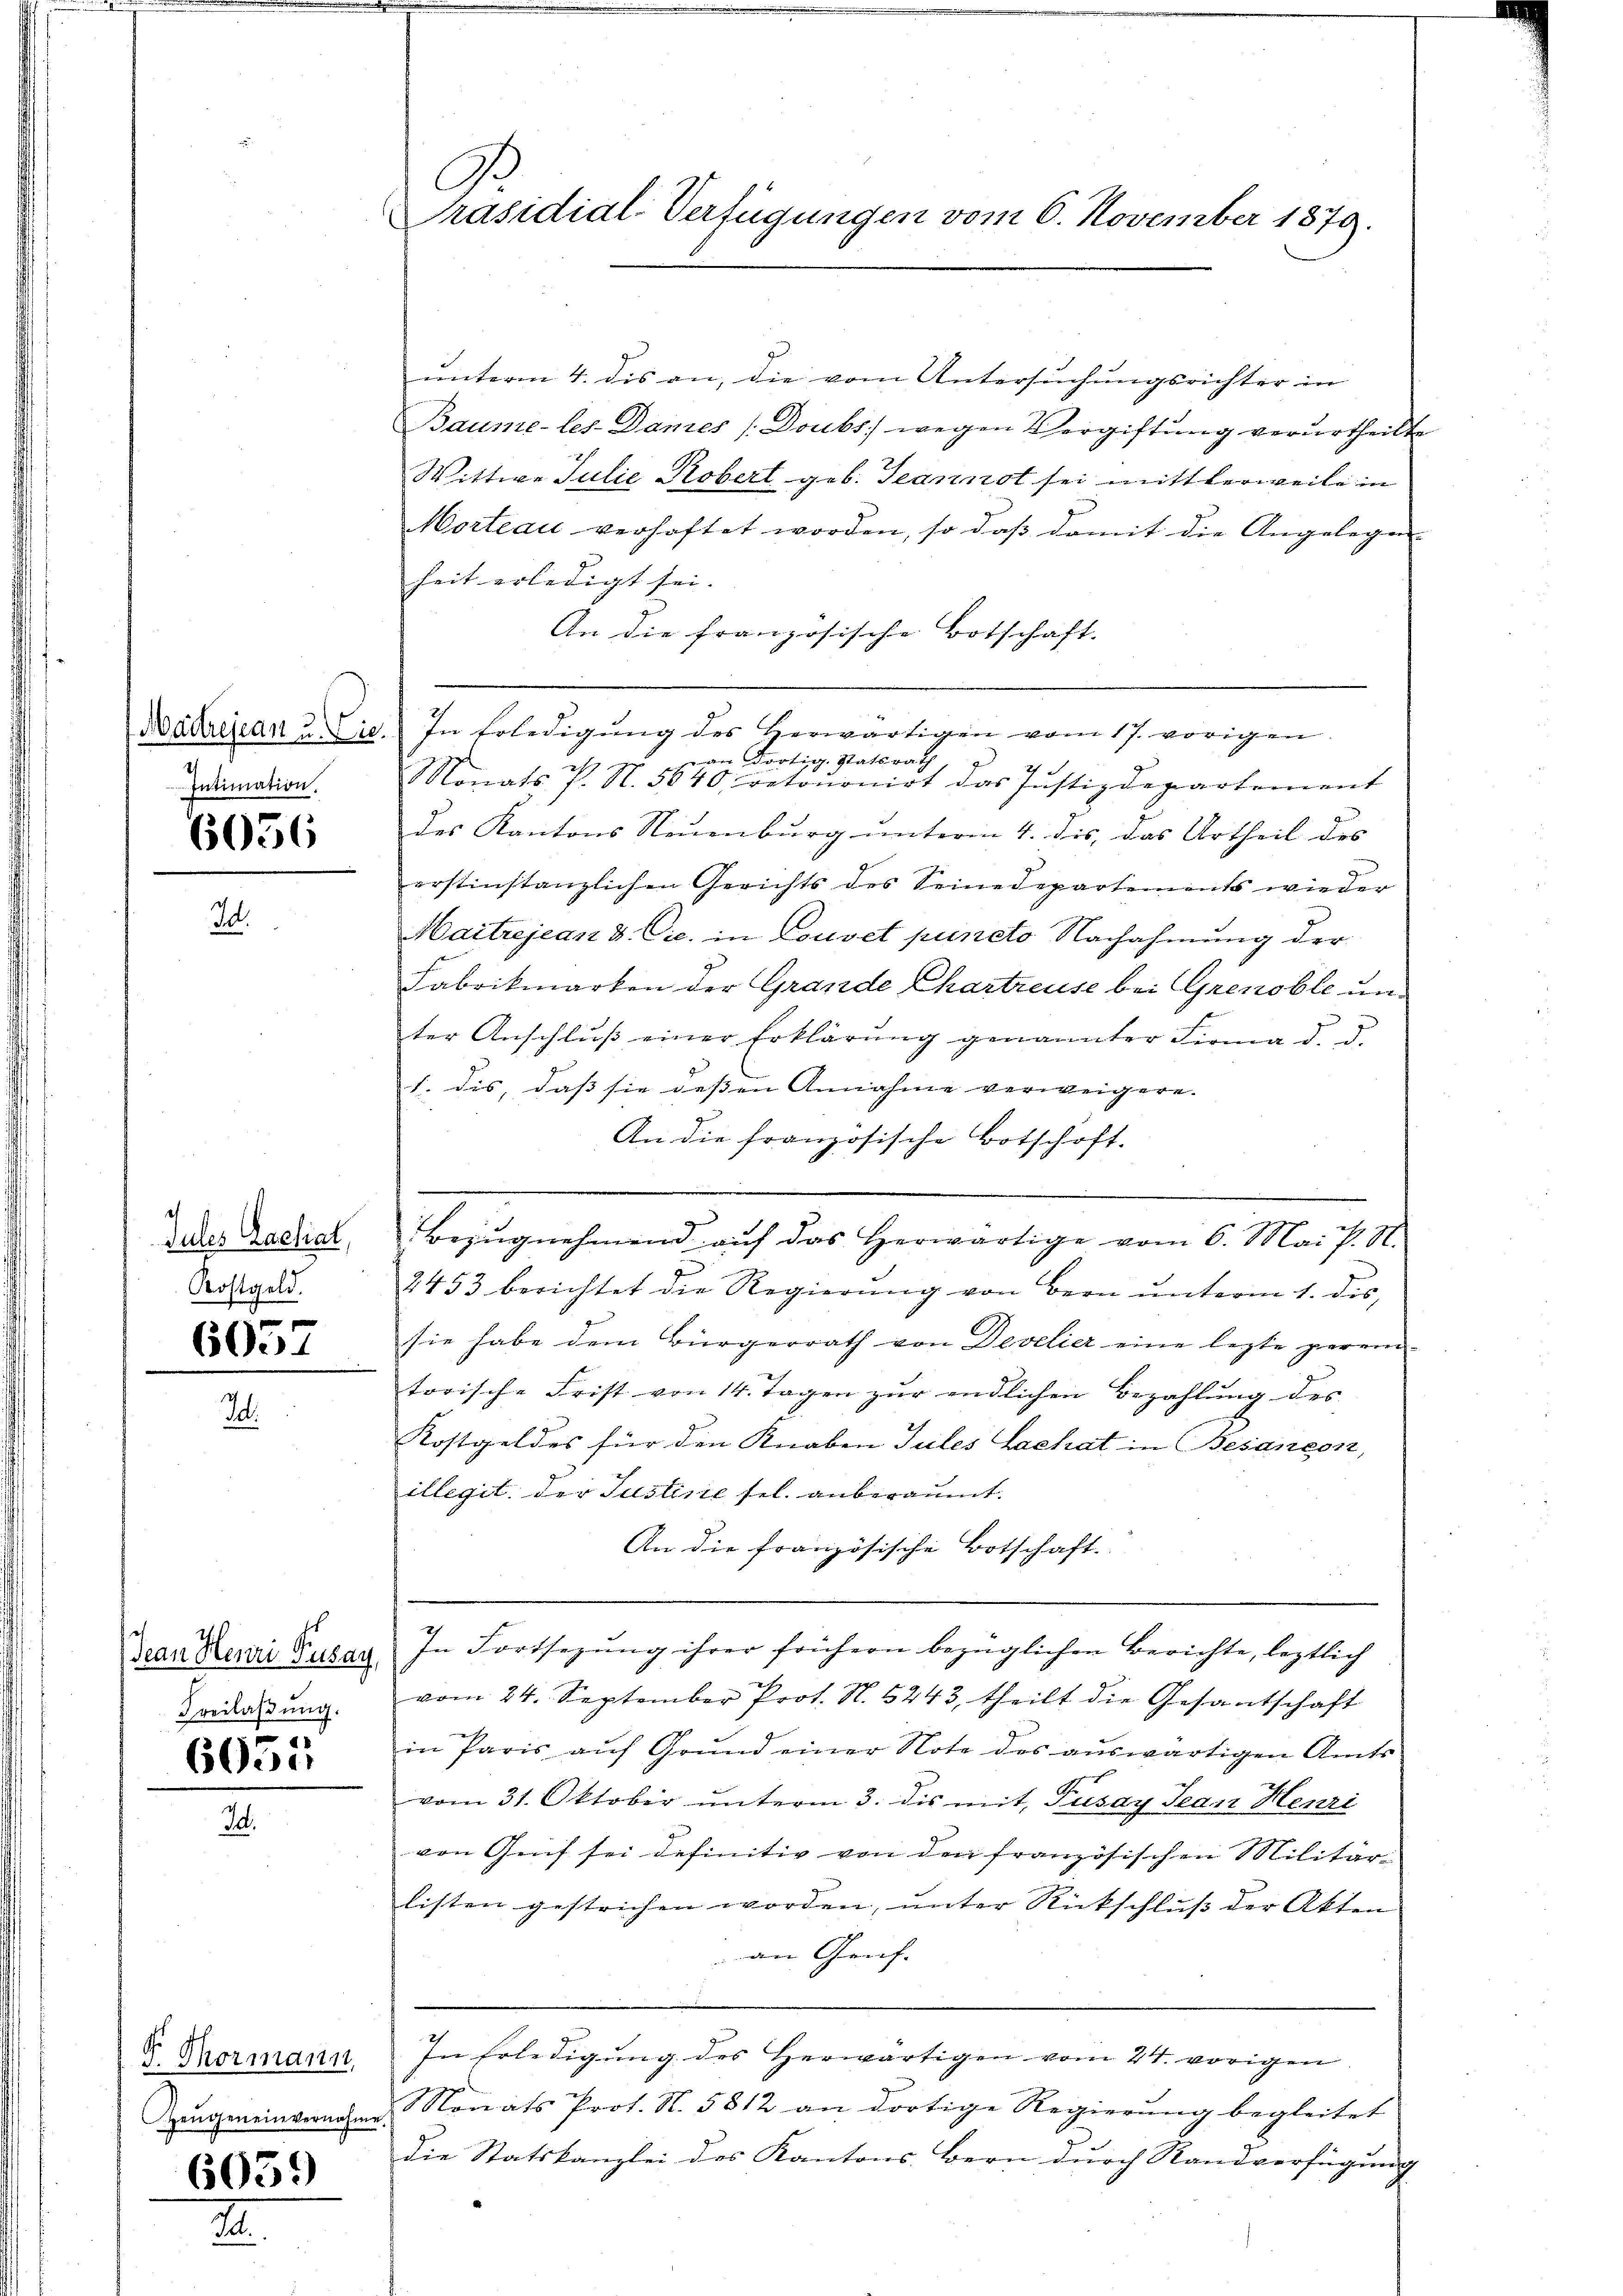
Madrejean u. Lie
Intimation.

6056

I

e
Jules Rachiat,
Kostgeld.

6057

Jean Henri Rusay,
Freilaßung.

6651

G. Thormann,
Zeugen einvernahme

6059

A.
Präsidial-Verfügungen vom 6. November 1879.

unterm 4. dis an, die vom Untersuchungsrichter in
Baume-les-Dames /:Doubs wegen Vergiftung verurtheilte
Wittwe Julie Probert geb. Jeannst sei mittlerweile in
Morteau verhaftet worden, so daß damit die Angelegen-
heit erledigt sei. |
An die französische Botschaft.
In Erledigung des Herwärtigen vom 17. vorigen.
an dortig. Statsrath
Monats P. N. 5840, retoŭonirt das Justizdepartement
des Kantons Neuenburg unterm 4. dis, das Urtheil des |
erstinstanzlichen Gerichts des Seinedepartements wieder
Maitrejean & Cie. in Couvet puncto Nachahmung der
Fabrikmarken der Grande Chartreuse bei Grenoble unter Anschlŭβ einer Erklärŭng genannter Firma d. d.
1. dis, daß sie dessen Annahme verweigere.
An die französische Botschaft.
Bezŭgnehmend auf das herwärtige vom 6. Mai v. St.
2453 berichtet die Regierŭng von Bern ŭnterm 1. des,
sie habe dem Bürgerrath von Develier eine lezte perem-
torische Frist von 14. Tagen zur endlichen Bezahlung des
Kostgeldes für den Knaben Tules Lachat in Besaneon,
illegit der Justisie sel. anberaumt.
An die französische Botschaft.
In Fortsezung ihrer frühern bezüglichen Berichte, leztlich
vom 24. September Prot. N. 5243, theilt die Gesantschaft
in Paris aŭf Grŭnd einer Note des aŭswärtigen Amts
vom 31. Oktober unterm 3. dis mit Tusay Jean Henri
von Geif sei definitiv von den französischen Militär-
listen gestrichen worden, unter Rückschluß der Akten
an Genf.
In Erledigung des herwärtigen vom 24. vorigen.
Monats Prot. N. 5812 an dortige Regierŭng begleitet
die Statskanzlei des Kantons Bern durch Sandverfügung